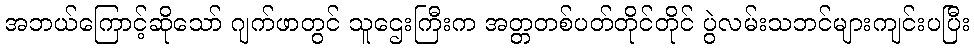
အဘယ်ကြောင့်ဆိုသော် ဂျက်ဖာတွင် သူဌေးကြီးက အတ္တတစ်ပတ်တိုင်တိုင် ပွဲလမ်းသဘင်များကျင်းပပြီး